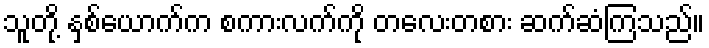
သူတို့ နှစ်ယောက်က စကားလက်ကို တလေးတစား ဆက်ဆံကြသည်။